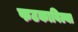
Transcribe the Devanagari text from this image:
फटकाविल्या